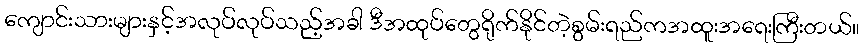
ကျောင်းသားများနှင့်အလုပ်လုပ်သည့်အခါ ဒီအထုပ်တွေရိုက်နိုင်တဲ့စွမ်းရည်ကအထူးအရေးကြီးတယ်။